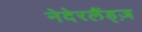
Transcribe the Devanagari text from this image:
नेदेरलैंड्ज़